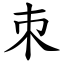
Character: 朿